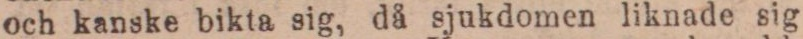
och kanske bikta sig, då sjukdomen liknade sig